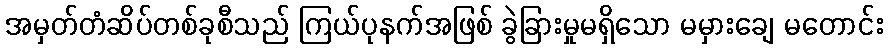
အမှတ်တံဆိပ်တစ်ခုစီသည် ကြယ်ပုနက်အဖြစ် ခွဲခြားမှုမရှိသော မမှားချေ မတောင်း